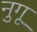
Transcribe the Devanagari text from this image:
नुगू